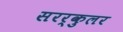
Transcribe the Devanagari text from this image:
सरर्कुलर